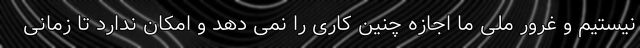
نیستیم و غرور ملی ما اجازه چنین کاری را نمی دهد و امکان ندارد تا زمانی